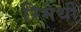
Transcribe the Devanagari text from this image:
रिमेर्थी